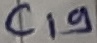
Text: C19